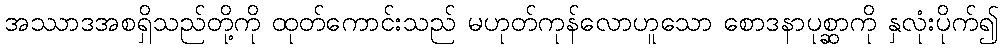
အဿာဒအစရှိသည်တို့ကို ထုတ်ကောင်းသည် မဟုတ်ကုန်လောဟူသော စောဒနာပုစ္ဆာကို နှလုံးပိုက်၍